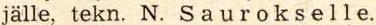
jälle, tekn. N.  S a u r o k s e l l e.